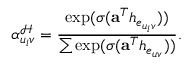
\alpha _ { u _ { i } v } ^ { \mathcal { H } } = \frac { \exp ( \sigma ( \mathbf { a } ^ { T } h _ { e _ { u _ { i } v } } ) ) } { \sum \exp ( \sigma ( \mathbf { a } ^ { T } h _ { e _ { u v } } ) ) } .